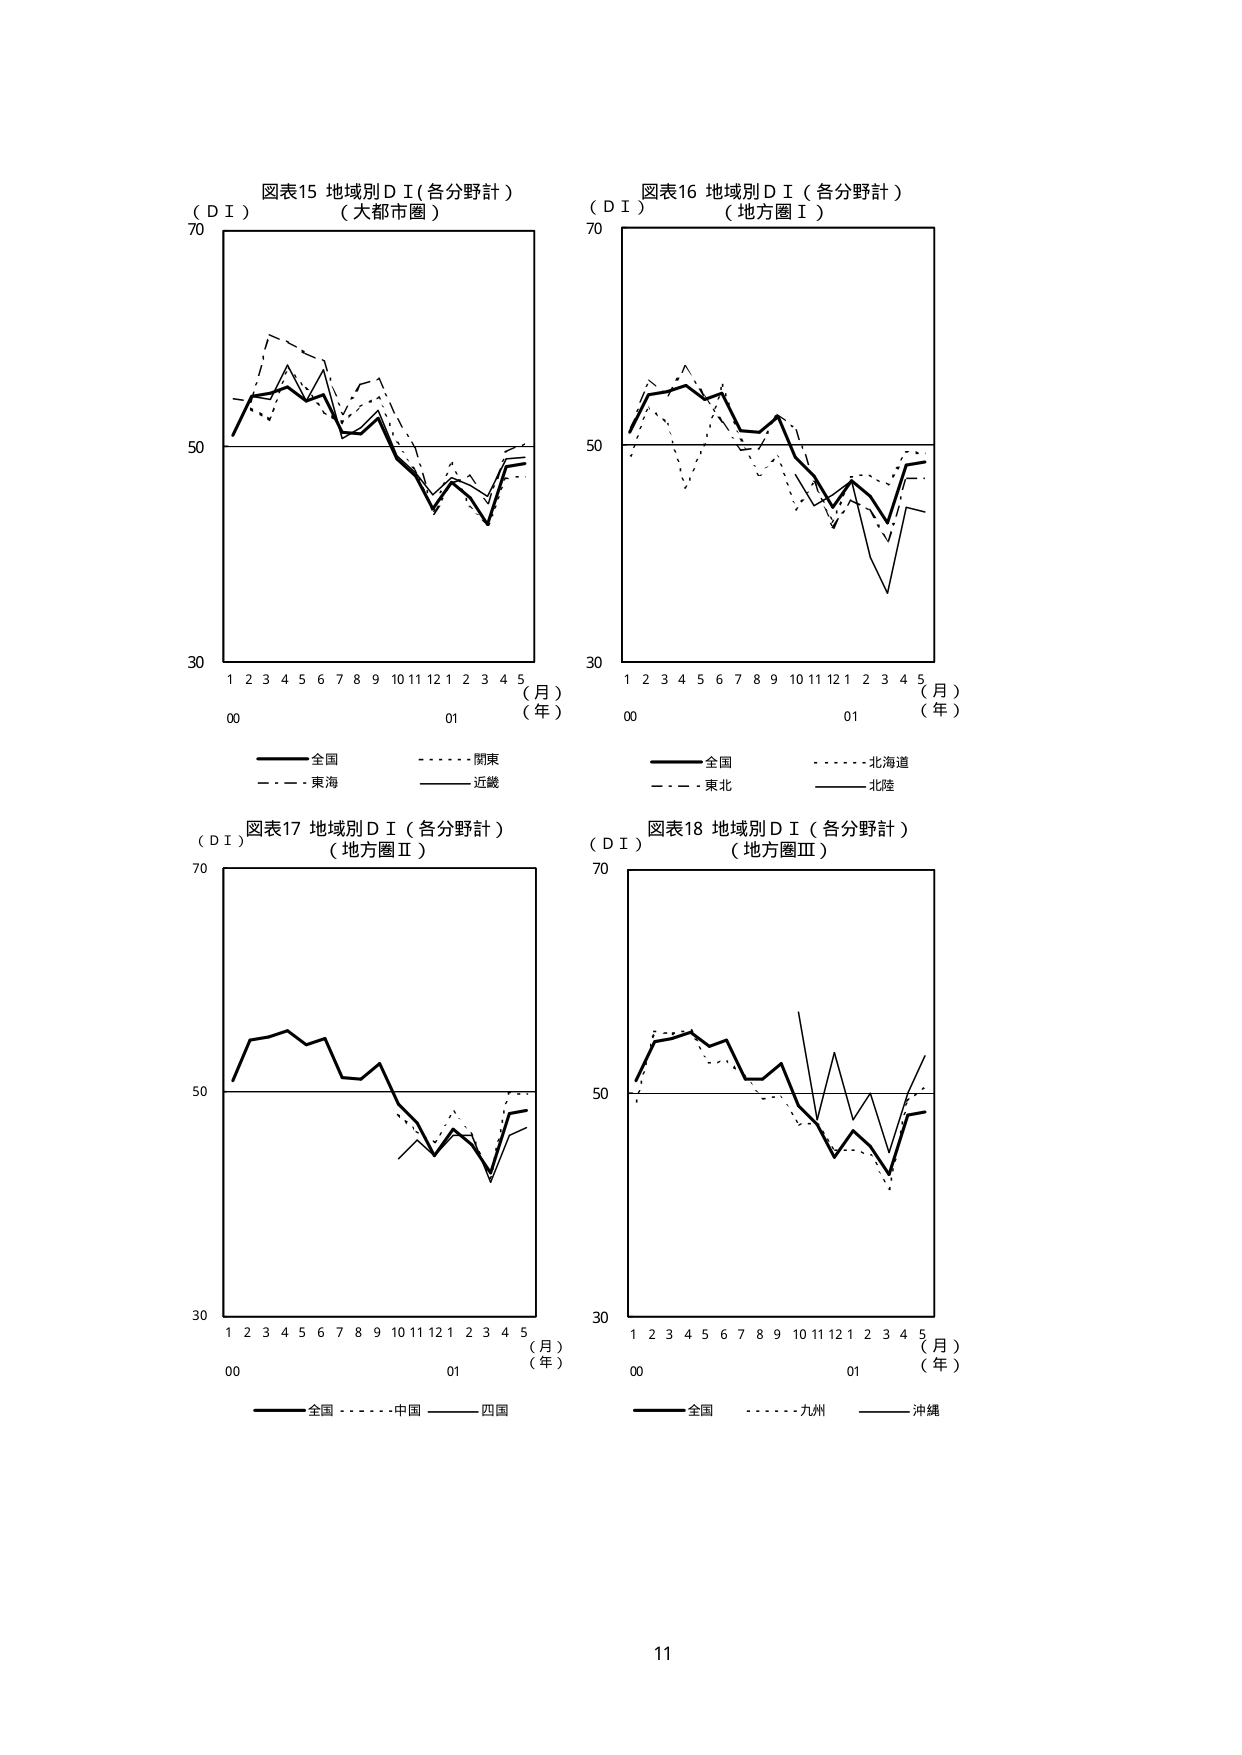
図表15 地域別ＤＩ（各分野計）
（大都市圏）
（ＤＩ）
70
50
30
1 2 3 4 5 6 7 8 9 10 11 12 1 2 3 4 5
（月）
00 01 （年）
全国 ————
関東 ————
東海 ————
近畿 ————

図表16 地域別ＤＩ（各分野計）
（地方圏Ⅰ）
（ＤＩ）
70
50
30
1 2 3 4 5 6 7 8 9 10 11 12 1 2 3 4 5
（月）
00 01 （年）
全国 ————
北海道 ————
東北 ————
北陸 ————

図表17 地域別ＤＩ（各分野計）
（地方圏Ⅱ）
（ＤＩ）
70
50
30
1 2 3 4 5 6 7 8 9 10 11 12 1 2 3 4 5
（月）
00 01 （年）
全国 ————
中国 ————
四国 ————

図表18 地域別ＤＩ（各分野計）
（地方圏Ⅲ）
（ＤＩ）
70
50
30
1 2 3 4 5 6 7 8 9 10 11 12 1 2 3 4 5
（月）
00 01 （年）
全国 ————
九州 ————
沖縄 ————

11